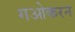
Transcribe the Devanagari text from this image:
गओकरन